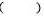
( ) -